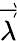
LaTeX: \overrightarrow{\lambda}